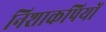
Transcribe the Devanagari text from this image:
निशाकपियों